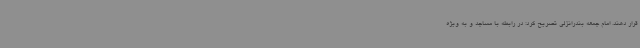
قرار دهند. امام جمعه بندرانزلی تصریح کرد: در رابطه با مساجد و به ویژه